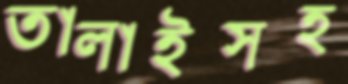
তালাইসহ